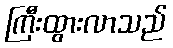
ကြီးထွားလာသည်